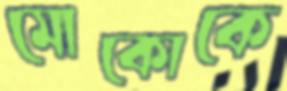
মোকোকে